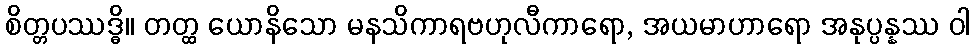
စိတ္တပဿဒ္ဓိ။ တတ္ထ ယောနိသော မနသိကာရဗဟုလီကာရော, အယမာဟာရော အနုပ္ပန္နဿ ဝါ